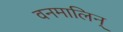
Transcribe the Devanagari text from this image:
वनमालिन्